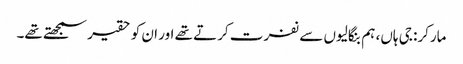
مارکر: جی ہاں، ہم بنگالیوں سے نفرت کرتے تھے اور ان کو حقیر سمجھتے تھے۔